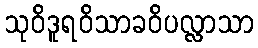
သုဝိဒူရဝိသာခဝိပလ္လာသာ